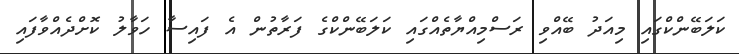
ކަލަބޭންކްގައި މިއަދު ބޭއްވި ރަސްމިއްޔާތެއްގައި ކަލަބޭންކްގެ ފަރާތުން އެ ފައިސާ ހަވާލު ކޮށްދެއްވާފައި